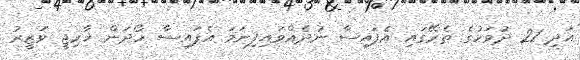
އަދި 21 ދުވަހުގެ ތެރޭގައި އެފައިސާ ނުދެއްވައިފިނަމަ އެފައިސާ ހޯދަން ޚާރިޖީ ވަޒީރު